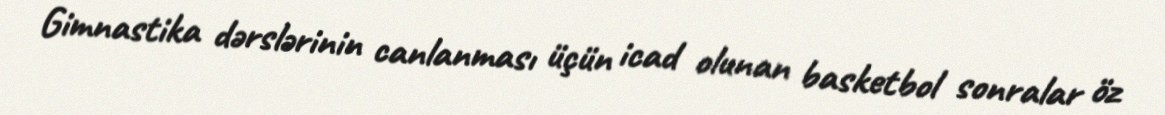
Gimnastika dərslərinin canlanması üçün icad olunan basketbol sonralar öz